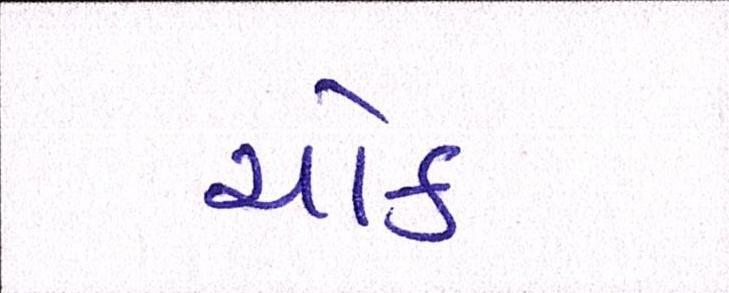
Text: ચોક